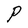
Character: P